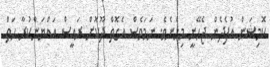
ކޮމިޝަން އުފެދެން ޖެހޭނީ މިހެނެވެ. ނަމަވެސް އެގޮތް ދޫކޮށް ރައީސް އައްޔަންކުރާ ހަތް